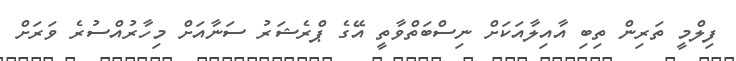
ފިލްމީ ތަރިން ތިބި އާއިލާއަކަށް ނިސްބަތްވާތީ އޭގެ ޕްރެޝަރު ސަނާއަށް މިހާރުއްސުރެ ވަރަށް